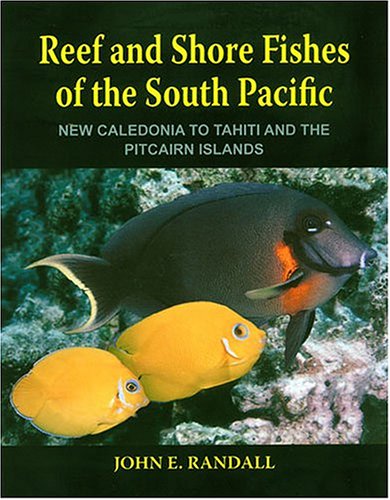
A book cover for Reef and Shore Fishes of the South Pacific: New Caledonia to Tahiti and the Pitcairn Islands; John E. Randall; Sports & Outdoors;